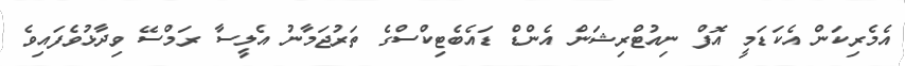
އެމެރިކަން އެކަޑަމީ އޮފް ނިއުޓްރިޝަން އެންޑް ޑައެބެޓިކްސްގެ ތަރުޖަމާނު އެލީސާ ރަމްސޭ ވިދާޅުވެފައިވެ